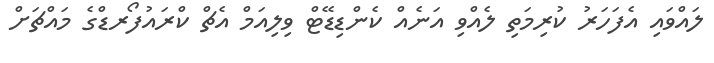
ލައްވައި އެފަަހަރު ކުރިމަތި ލެއްވި އަނެއް ކެންޑިޑޭޓް ވިލިއަމް އެޗް ކްރައުފޯރޑްގެ މައްޗަށް